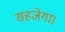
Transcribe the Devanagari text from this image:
सहजेगा।